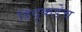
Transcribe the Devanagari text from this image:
हिंदूकडेच